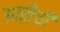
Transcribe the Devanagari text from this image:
अत्तैची